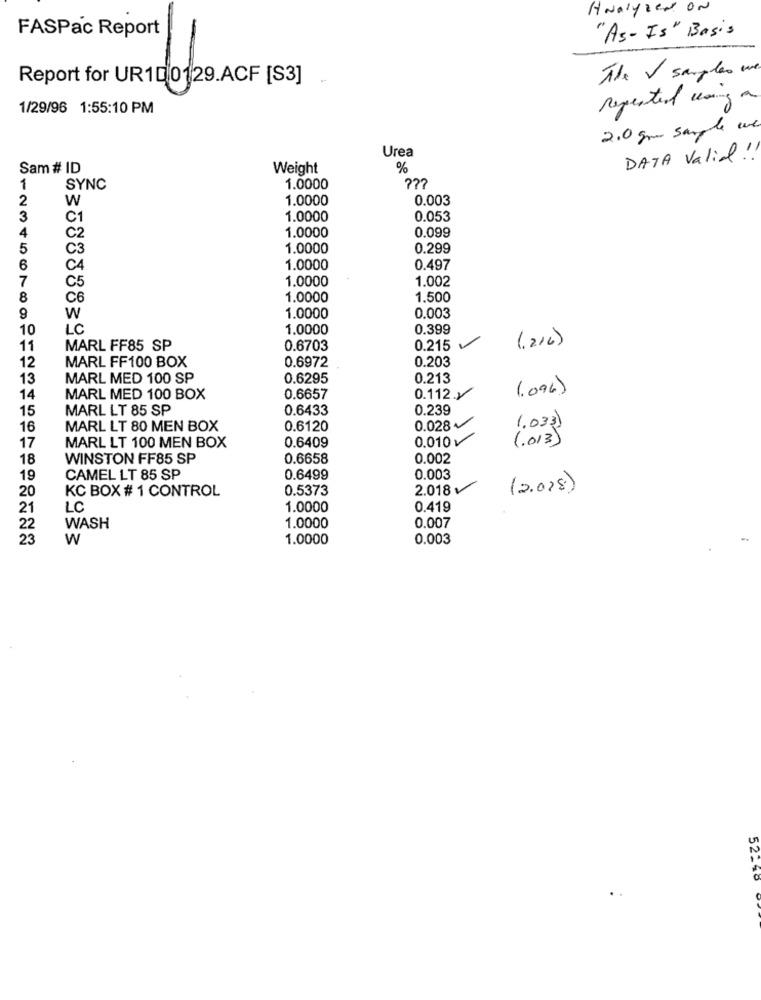
Analyzed ON
FASPac Report
"As- Is" Basis
The V samples we.
Report for UR10 0129.ACF [S3]
Repeated using a
1/29/96 1:55:10 PM
2.0 gm sample une
Urea
DATA Valia !!
Sam # ID
Weight
%
1
SYNC
1.0000
2
W
1.0000
0,003
3
C1
1.0000
0.053
1.0000
4
C2
0.099
5
C3
1.0000
0.299
6
C4
1.0000
0.497
7
C5
1.0000
1.002
8
C6
1.0000
1.500
9
1.0000
W
0.003
10
LC
1.0000
0.399
(,216)
11
MARL FF85 SP
0.6703
0.215
MARL FF100 BOX
0.203
12
0.6972
13
MARL MED 100 SP
0.6295
0.213
(.096)
14
MARL MED 100 BOX
0.6657
0.112x
15
MARL LT 85 SP
0.6433
0.239
1.033)
16
MARL LT 80 MEN BOX
0.6120
0.028
MARL LT 100 MEN BOX
0.6409
0.010
(.013)
17
18
WINSTON FF85 SP
0.6658
0.002
19
CAMEL LT 85 SP
0.6499
0.003
20
KC BOX # 1 CONTROL
0.5373
2.018
(2.028)
21
LC
1.0000
0.419
22
WASH
1.0000
0.007
23
W
1.0000
0.003
52-90